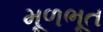
મૂળભૂત